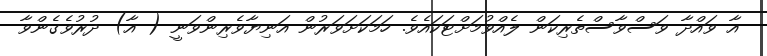
އާ ވައްދާ ވަސްވާސްތެރިކަން ލެއްވުމަށްޓަކައެވެ. ހަމަކަށަވަރުން އަނިޔާވެރިންވަނީ ( އާ) ދުރުވެގެންވާ